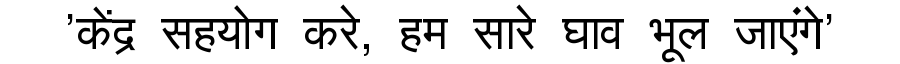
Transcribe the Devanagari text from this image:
'केंद्र सहयोग करे, हम सारे घाव भूल जाएंगे'